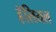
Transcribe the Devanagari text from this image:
हॅलियल